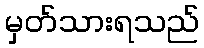
မှတ်သားရသည်